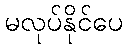
မလုပ်နိုင်ပေ